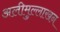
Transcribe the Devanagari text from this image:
अलीमुल्लाखन